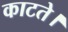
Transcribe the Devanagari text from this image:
काटते।